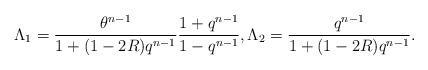
LaTeX: \begin{align*}\Lambda_1=\frac{\theta^{n-1}}{1+(1-2R)q^{n-1}}\frac{1+q^{n-1}}{1-q^{n-1}},\Lambda_2=\frac{q^{n-1}}{1+(1-2R)q^{n-1}}.\end{align*}